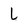
Character: L